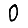
Digit: 0